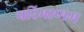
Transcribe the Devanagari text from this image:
परिमाणम